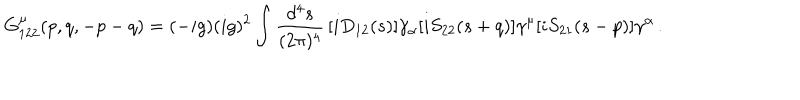
G _ { 1 2 2 } ^ { \mu } ( p , q , - p - q ) = ( - i g ) ( i g ) ^ { 2 } \int \frac { d ^ { 4 } s } { ( 2 \pi ) ^ { 4 } } \, [ i D _ { 1 2 } ( s ) ] \gamma _ { \alpha } [ i S _ { 2 2 } ( s + q ) ] \gamma ^ { \mu } [ i S _ { 2 1 } ( s - p ) ] \gamma ^ { \alpha } \, .